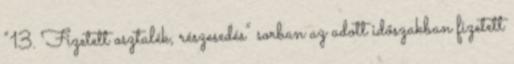
“13. Fizetett osztalék, részesedés” sorban az adott időszakban fizetett